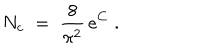
N _ { c } \; = \; \frac { 8 } { \pi ^ { 2 } } \, e ^ { C } \; .